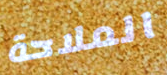
الملاحة